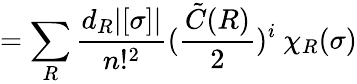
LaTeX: =\sum_{R}\frac{d_{R}|[\sigma]|}{n!^{2}}(\frac{{\tilde{C}}(R)}{2})^{i}\ \chi_{R}(\sigma)